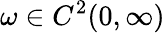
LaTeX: \omega\in C^{2}(0,\infty)